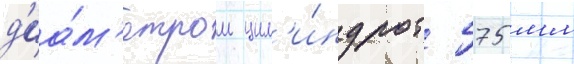
д'иа́м'етром цил'и́ндров 575 мм